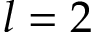
l = 2